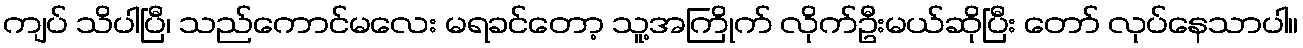
ကျပ် သိပါပြီ၊ သည်ကောင်မလေး မရခင်တော့ သူ့အကြိုက် လိုက်ဦးမယ်ဆိုပြီး တော် လုပ်နေသာပါ။